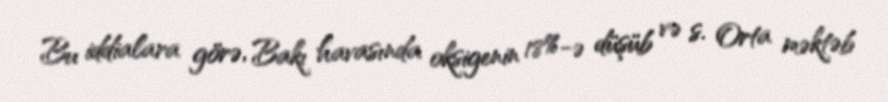
Bu iddialara görə, Bakı havasında oksigenin 18%-ə düşüb və s. Orta məktəb